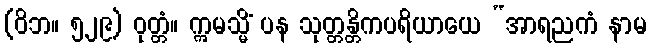
(ဝိဘ။ ၅၂၉) ဝုတ္တံ။ ဣမသ္မိံ ပန သုတ္တန္တိကပရိယာယေ “အာရညကံ နာမ